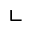
\llcorner